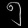
Digit: ၅